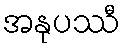
အနုပဿီ